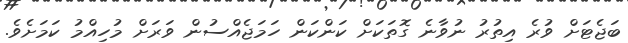
ބަޖެޓަށް ވުރެ އިތުރު ނުވާނެ ގޮތަކަށް ކަންކަން ހަމަޖެއްސުން ވަރަށް މުހިއްމު ކަމަށެވެ.